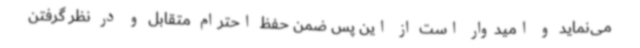
می‌نماید و امیدوار است از این پس ضمن حفظ احترام متقابل و در نظر گرفتن